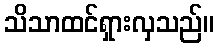
သိသာထင်ရှားလှသည်။